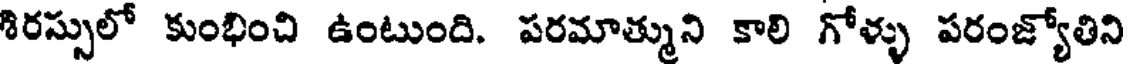
శిరస్సులో కుంభించి ఉంటుంది. పరమాత్ముని కాలి గోళ్ళు పరంజ్యోతిని